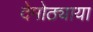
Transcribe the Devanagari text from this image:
देमोठ्याया